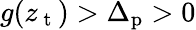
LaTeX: g(z_{\mathrm{~t~}})>\Delta_{\mathrm{p}}>0